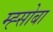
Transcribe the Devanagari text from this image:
म्ह्सोबा